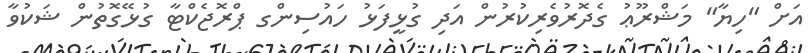
އަށް "ހިޔާ" މަޝްރޫޢު ގެދޮރުވެރިކުރުން އަދި ގުޅީފަޅު ހައުސިންގ ޕްރޮޖެކްޓާ ގުޅޭގޮތުން ޝަކުވާ